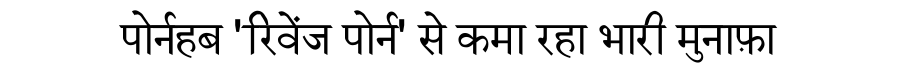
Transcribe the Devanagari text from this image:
पोर्नहब 'रिवेंज पोर्न' से कमा रहा भारी मुनाफ़ा